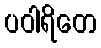
ပဝါရိတေ